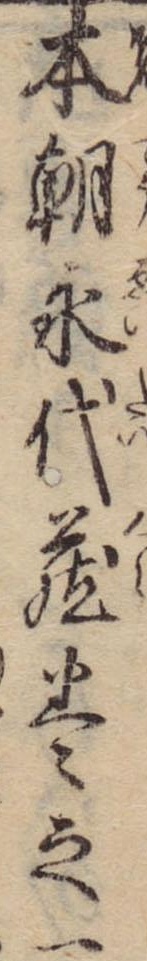
本朝永代蔵巻之一